Report on lock hospitals in British Burma
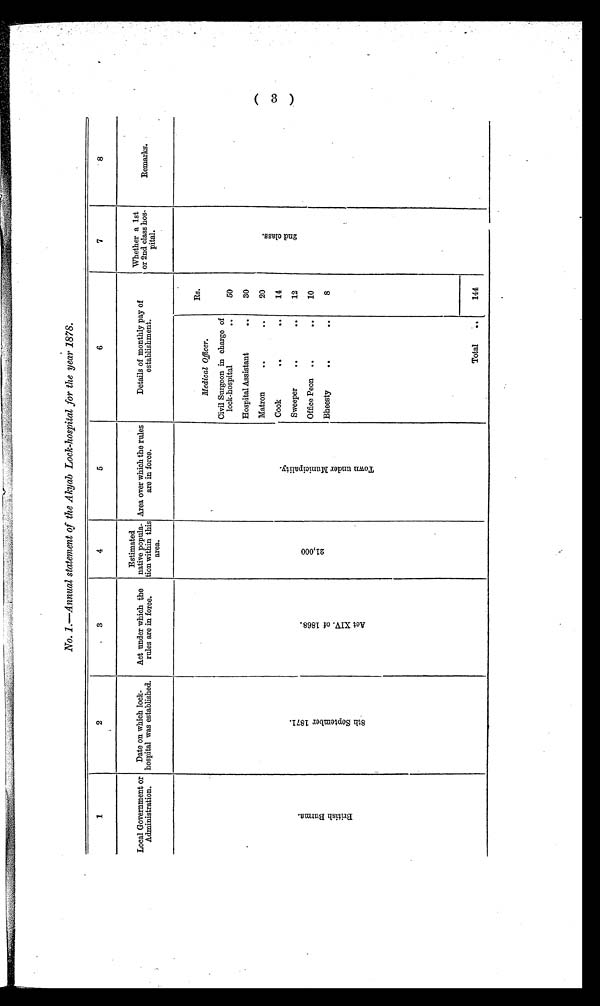
No. 1.—Annual statement of the Akyab Lock-hospital for the year 1878.
1
2
3
4
5
6
7
8
Local Government or
Administration.
Date on which lock-
hospital was established.
Act under which the
rules are in force.
Estimated
native popula-
tion within this
area.
Area over which the rules
are in force.
Details of monthly pay of
establishment.
Whether a 1st
or 2nd class hos-
pital.
Remarks.
British Burma.
8th September 1871.Act XIV of 1868.
21,000
Town under Municipality.
Medical Officer.
Rs.
2 n d c l a s s .
Civil Surgeon in charge of
lock-hospital
..
50
Hospital Assistant
30
Matron
. .
. .
20
Cook
14
Sweeper
12
Office Peon
10
Bheesty
8
Total
144
( 3 )